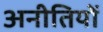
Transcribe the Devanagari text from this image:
अनीतियों